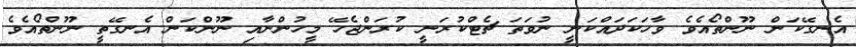
އެނގޭކަން ނޫންތޯއެވެ ވާހަކަދައްކަނީ ނުވަތަ ޗެޓްކުރަނީ ކުރަންޖެހޭ މީހުންނާއި ނޫންކަން އެނގޭތީ ނޫންތޯއެވެ